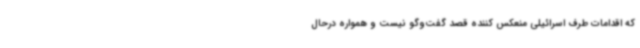
که اقدامات طرف اسرائیلی منعکس کننده قصد گفت‌وگو نیست و همواره درحال